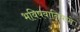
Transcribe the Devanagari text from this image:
भविषवानिययो